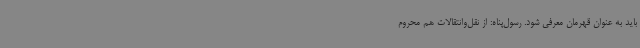
باید به عنوان قهرمان معرفی شود. رسول‌پناه: از نقل‌وانتقالات هم محروم